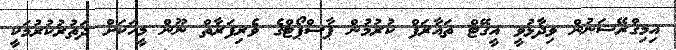
އިމިގްރޭޝަނުން ވިދާޅުވީ އީގޭޓް ތައާރަފް ކުރުމުން ޕާސްޕޯޓްގެ ވެރިފަރާތް ނޫން މީހަކަށް ދަތުރުކުރުމަކީ